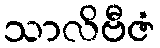
သာလိဗီဇံ